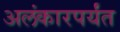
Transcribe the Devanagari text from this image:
अलंकारपर्यंत